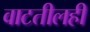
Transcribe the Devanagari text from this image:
वाटतीलही